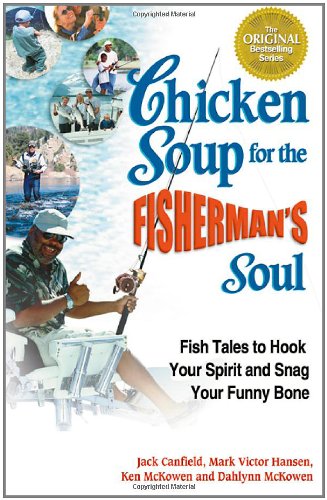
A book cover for Chicken Soup for the Fisherman's Soul: Fish Tales to Hook Your Spirit and Snag Your Funny Bone (Chicken Soup for the Soul); Jack Canfield; Humor & Entertainment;